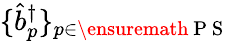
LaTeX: \{ \hat{b}_{p}^{\dagger}\} _{p\in\ensuremath{\mathrm{~P~S~}}}